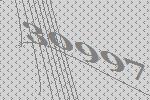
30997